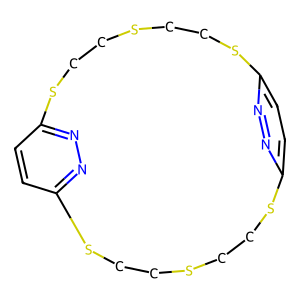
SMILES: c1cc2nnc1SCCSCCSc1ccc(nn1)SCCSCCS2
Inhibits HIV replication: No